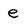
Character: e